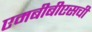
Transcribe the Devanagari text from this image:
एमबीबीएसची